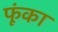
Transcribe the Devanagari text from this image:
फूंका